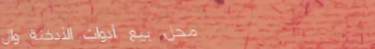
محل بيع أدوات الأدخنة وال